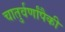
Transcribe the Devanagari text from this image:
चातुर्वर्णांपैकी